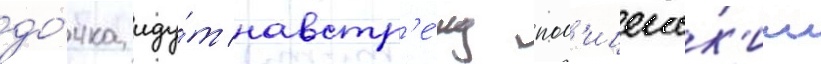
до́чка иду́т навстр'е́чу пол'ицеиск'им